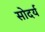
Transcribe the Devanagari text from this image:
सोदर्य